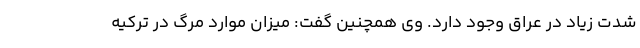
شدت زیاد در عراق وجود دارد. وی همچنین گفت: میزان موارد مرگ در ترکیه